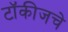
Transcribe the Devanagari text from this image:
टॉकीजचे